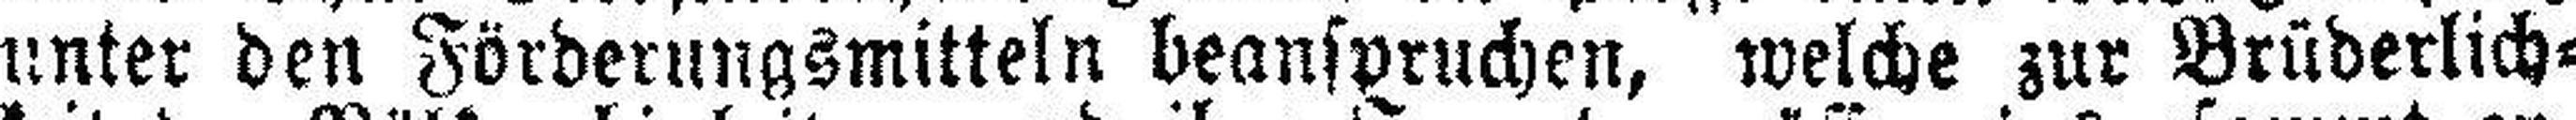
unter den Förderungsmitteln beanspruchen, welche zur Brüderlich¬